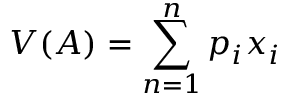
V ( A ) = \sum _ { n = 1 } ^ { n } p _ { i } x _ { i }